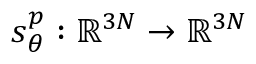
s _ { \theta } ^ { p } : \mathbb { R } ^ { 3 N } \to \mathbb { R } ^ { 3 N }